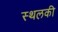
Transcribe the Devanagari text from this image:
स्‍थलकी